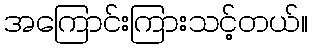
အကြောင်းကြားသင့်တယ်။